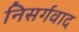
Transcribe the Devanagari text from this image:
निसर्गवाद